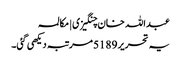
عبداللہ خان چنگیزی | مکالمہ
یہ تحریر 5189 مرتبہ دیکھی گئی۔